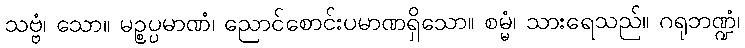
သဗ္ဗံ၊ သော။ မဉ္စပ္ပမာဏံ၊ ညောင်စောင်းပမာဏရှိသော။ စမ္မံ၊ သားရေသည်။ ဂရုဘဏ္ဍံ၊